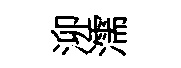
泖濡